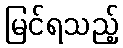
မြင်ရသည့်